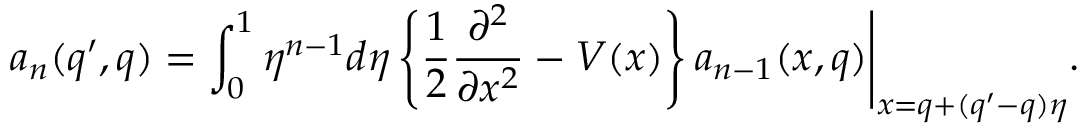
a _ { n } ( q ^ { \prime } , q ) = \int _ { 0 } ^ { 1 } \eta ^ { n - 1 } d \eta \left\{ \frac { 1 } { 2 } \frac { \partial ^ { 2 } } { \partial x ^ { 2 } } - V ( x ) \right\} a _ { n - 1 } ( x , q ) \Biggl . \Biggr | _ { x = q + ( q ^ { \prime } - q ) \eta } .